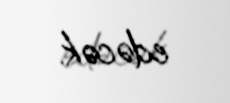
edəcək.